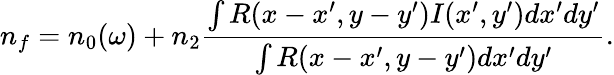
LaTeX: n_{f}=n_{0}(\omega)+n_{2}\frac{\int R(x-x^{\prime},y-y^{\prime})I(x^{\prime},y^{\prime})dx^{\prime}dy^{\prime}}{\int R(x-x^{\prime},y-y^{\prime})dx^{\prime}dy^{\prime}}.